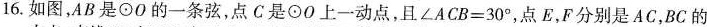
16.如图，AB是⊙0的一条弦，点C是⊙0上一动点，且$$\angle ACB=30^{\circ}$$，点E，F分别是AC，BC的